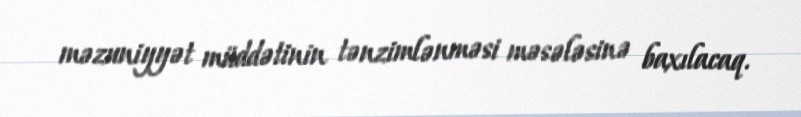
məzuniyyət müddətinin tənzimlənməsi məsələsinə baxılacaq.